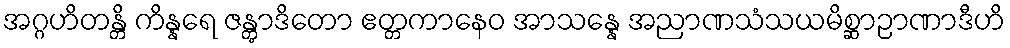
အဂ္ဂဟိတန္တိ ကိန္နရေ ဇန္တွာဒိတော ဧတ္တကာနေဝ အာသန္နေ အညာဏသံသယမိစ္ဆာဉာဏာဒီဟိ